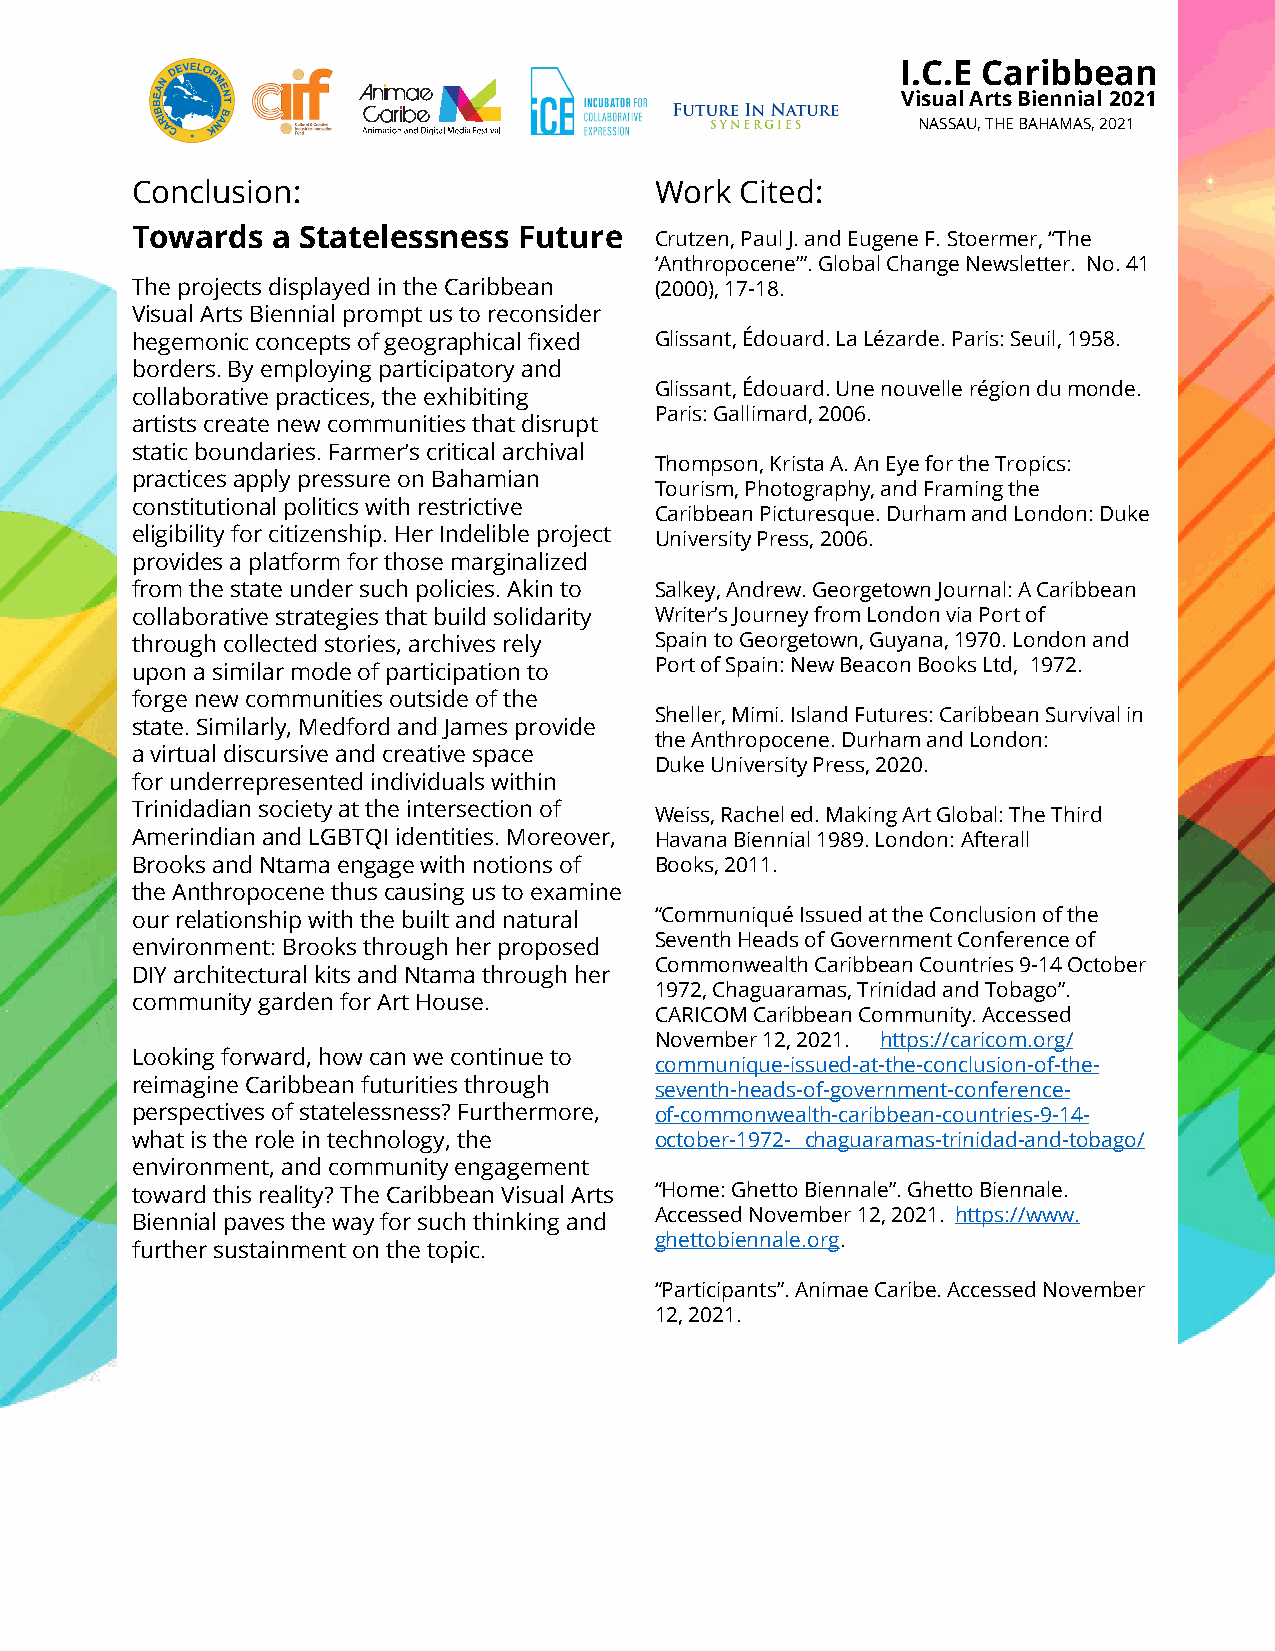
I.C.E Caribbean
 Visual Arts Biennial 2021
 NASSAU, THE BAHAMAS, 2021
 Conclusion:                       Work  Cited:
 Towards  a Statelessness Future   Crutzen, Paul J. and Eugene F. Stoermer, “The
 ‘Anthropocene’”. Global Change Newsletter. No. 41
 The projects displayed in the Caribbean (2000), 17-18.
 Visual Arts Biennial prompt us to reconsider
 hegemonic concepts of geographical fixed Glissant, Édouard. La Lézarde. Paris: Seuil, 1958.
 borders. By employing participatory and
 Glissant, Édouard. Une nouvelle région du monde.
 collaborative practices, the exhibiting
 Paris: Gallimard, 2006.
 artists create new communities that disrupt
 static boundaries. Farmer’s critical archival
 Thompson, Krista A. An Eye for the Tropics:
 practices apply pressure on Bahamian
 Tourism, Photography, and Framing the
 constitutional politics with restrictive
 Caribbean Picturesque. Durham and London: Duke
 eligibility for citizenship. Her Indelible project University Press, 2006.
 provides a platform for those marginalized
 from the state under such policies. Akin to Salkey, Andrew. Georgetown Journal: A Caribbean
 collaborative strategies that build solidarity Writer’s Journey from London via Port of
 through collected stories, archives rely Spain to Georgetown, Guyana, 1970. London and
 Port of Spain: New Beacon Books Ltd, 1972.
 upon a similar mode of participation to
 forge new communities outside of the
 Sheller, Mimi. Island Futures: Caribbean Survival in
 state. Similarly, Medford and James provide
 the Anthropocene. Durham and London:
 a virtual discursive and creative space
 Duke University Press, 2020.
 for underrepresented individuals within
 Trinidadian society at the intersection of Weiss, Rachel ed. Making Art Global: The Third
 Amerindian and LGBTQI identities. Moreover, Havana Biennial 1989. London: Afterall
 Brooks and Ntama engage with notions of Books, 2011.
 the Anthropocene thus causing us to examine
 our relationship with the built and natural “Communiqué Issued at the Conclusion of the
 Seventh Heads of Government Conference of
 environment: Brooks through her proposed
 Commonwealth Caribbean Countries 9-14 October
 DIY architectural kits and Ntama through her
 1972, Chaguaramas, Trinidad and Tobago”.
 community garden for Art House.
 CARICOM Caribbean Community. Accessed
 November 12, 2021. https://caricom.org/
 Looking forward, how can we continue to
 communique-issued-at-the-conclusion-of-the-
 reimagine Caribbean futurities through seventh-heads-of-government-conference-
 perspectives of statelessness? Furthermore, of-commonwealth-caribbean-countries-9-14-
 what is the role in technology, the october-1972- chaguaramas-trinidad-and-tobago/
 environment, and community engagement
 toward this reality? The Caribbean Visual Arts “Home: Ghetto Biennale”. Ghetto Biennale.
 Accessed November 12, 2021. https://www.
 Biennial paves the way for such thinking and
 ghettobiennale.org.
 further sustainment on the topic.
 “Participants”. Animae Caribe. Accessed November
 12, 2021.